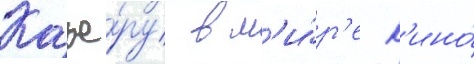
Карье́ру в м'и́р'е к'ино́